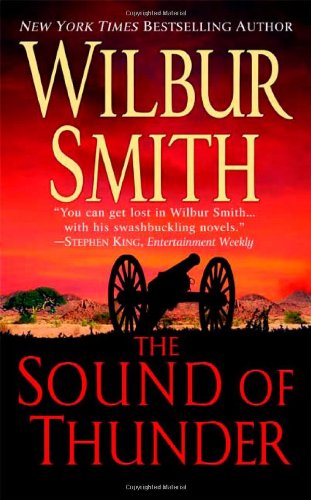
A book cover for The Sound of Thunder (Courtney Family, Book 2); Wilbur Smith; Romance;